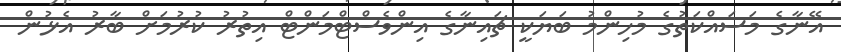
އޭނާގެ މަސައްކަތުގެ މުހިންމު ބަޔަކީ ޗައިނާގެ އިންވެސްޓްމަންޓް އިތުރު ކުރުމަށް ބާރު އެޅުން